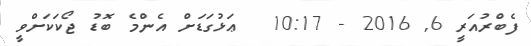
ފެބްރުއަރީ 6